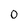
Character: 0